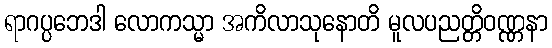
ရာဂပ္ပဘေဒါ လောကသ္မာ အကိလာသုနောတိ မူလပညတ္တိဝဏ္ဏနာ